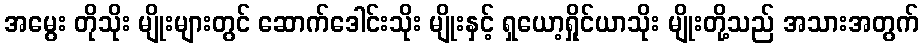
အမွေး တိုသိုး မျိုးများတွင် ဆောက်ဒေါင်းသိုး မျိုးနှင့် ရှယော့ရှိုင်ယာသိုး မျိုးတို့သည် အသားအတွက်